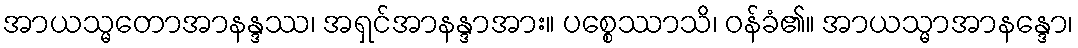
အာယသ္မတောအာနန္ဒဿ၊ အရှင်အာနန္ဒာအား။ ပစ္စေဿာသိ၊ ဝန်ခံ၏။ အာယသ္မာအာနန္ဒော၊